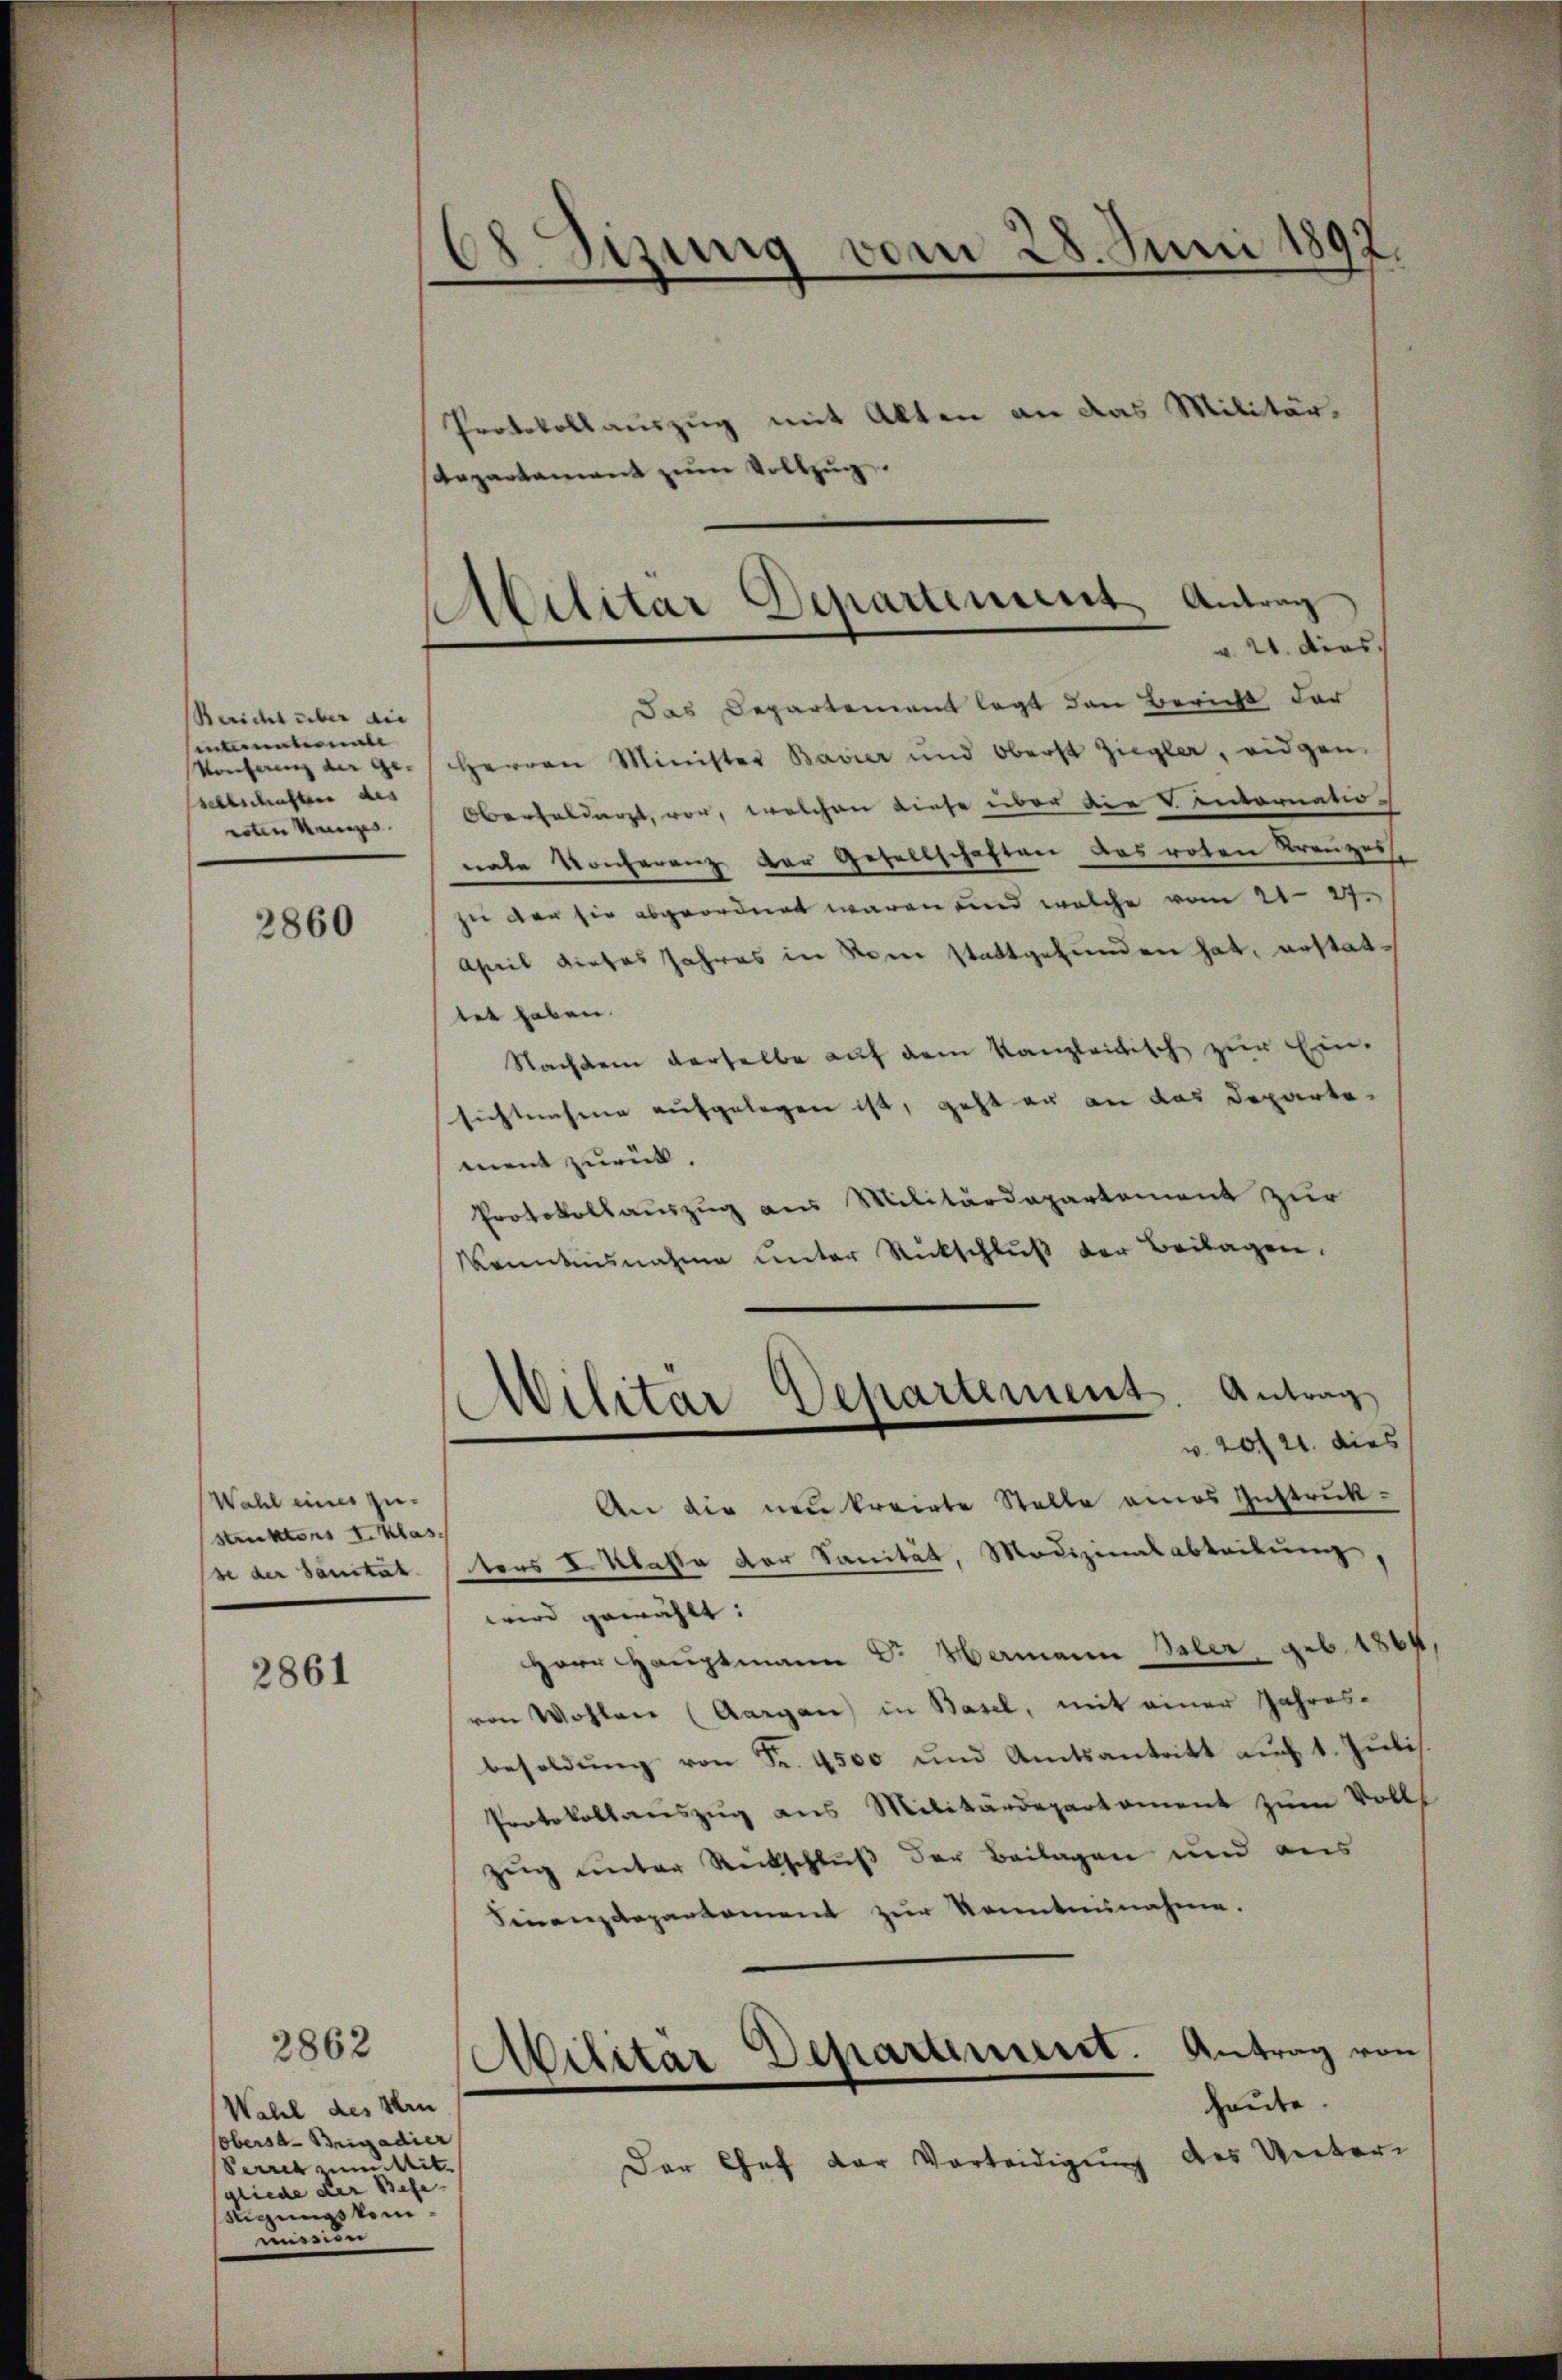
Bericht über die
tuntermale
Konferenz der ge-
sellschaften des
roten Kanzes.

2860

Wahl eines zu-
Sanktens Eiklas.
se der Sanität.

2861

Protokollauszug mit Alten an das Militär,
Vollzu
Repartament zu
g

Wahl des Hrn
obersa-Brigadier
Perren. Mit
gliede der Befe-
stigungskommission

2862

68 Dizung vom 28. Juni 1892.

v. 21. dies
Das Departement legt den Bericht der
Herren Minister Bavier und Oberst Ziegla, eidgen
Oberfeldert, vor, welchen diese über die Ventornationate Konferenz der Gesellschaften das roten Kreuzes
zu der sie abgeordnet waren und welche vom 21. 27.
April dieses Jahres in vom stattgefunden hat, erstattet haben.
Nachdem derselbe auf dem Kanzleitisch zur Ein-
sichtnahme aufgelegen ist, geht en an das Departement zurück
Protokollauszug aus Militärdepartement zur
Kenntnisnahme unter Rückschlŭβ der Beilagen.
v. 20 f 21. dies
An die neukreirte Stelle eines Instruktors I. Klasse der Sanität, Modizinalableitung,
wird gewählt:
Herr Hauptmann Dr Hermann Seler geb. 1864
von Wohlen (Aargau) in Basel, mit einer Jahresbesoldŭng von Fr. 4500 und Amtsantritt auf 1. Jŭli
Protokollauszug aus Militärdepartament zŭm Volls
zuig unter Rückschluß der Beilagen und aus
Finanzdepartament zur Kenntnisnahme.
heute.
Der Chef der Vorteidigung des Unter

Militar Departement Antrag

Militar Departement. Antrag

Abilitar Departement. Antrag von